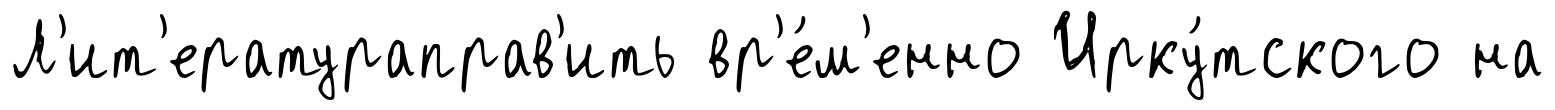
Л'ит'ератураправ'ить вр'е́м'енно Ирку́тского на